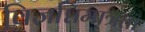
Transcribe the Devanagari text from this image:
विज्ञप्तिमात्रता